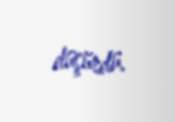
düşürdü.